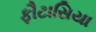
ફૌટાસિયા